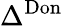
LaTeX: \Delta^{\mathrm{Don}}